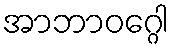
အာဘာဝဂ္ဂေါ